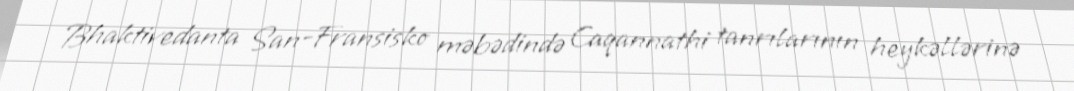
Bhaktivedanta San-Fransisko məbədində Caqannathi tanrılarının heykəllərinə